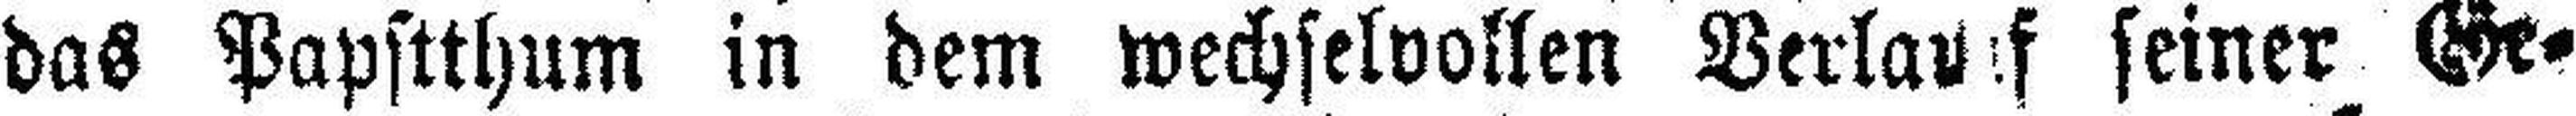
das Papstthum in dem wechselvollen Verlauf seiner Ge¬